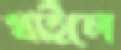
খাইলে